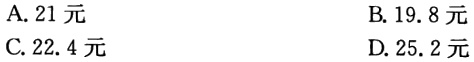
A. 21元

B. 19.8元

C. 22.4元

D. 25.2元